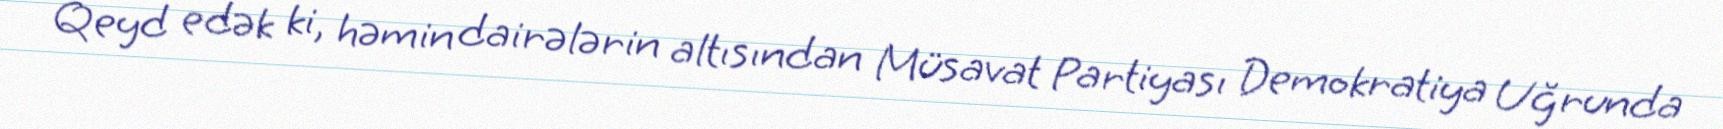
Qeyd edək ki, həmin dairələrin altısından Müsavat Partiyası Demokratiya Uğrunda